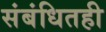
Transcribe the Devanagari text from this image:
संबंधितही